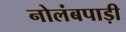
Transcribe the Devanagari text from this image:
नोलंबपाड़ी